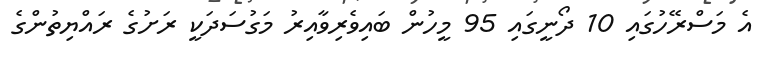
އެ މަސްރޭހުގައި 10 ދޯނީގައި 95 މީހުން ބައިވެރިވާއިރު މަގުސަދަކީ ރަށުގެ ރައްޔިތުންގެ